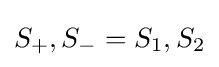
S_{+},S_{-}=S_{1},S_{2}